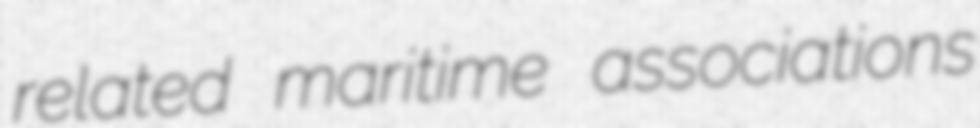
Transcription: related maritime associations